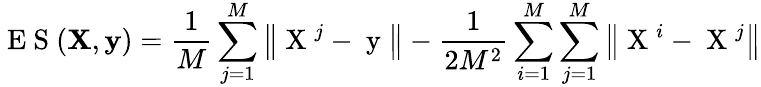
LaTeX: \mathrm{~E~S~}(\mathbf{X},\mathbf{y})=\frac{1}{M}\sum_{j=1}^{M}\left\Vert\mathrm{~X~}^{j}-\mathrm{~y~}\right\Vert-\frac{1}{2M^{2}}\sum_{i=1}^{M}\sum_{j=1}^{M}\left\Vert\mathrm{~X~}^{i}-\mathrm{~X~}^{j}\right\Vert